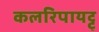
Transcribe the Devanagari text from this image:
कलरिपायट्टु